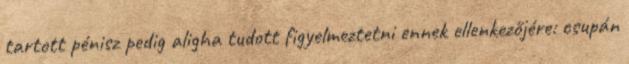
tartott pénisz pedig aligha tudott figyelmeztetni ennek ellenkezőjére: csupán